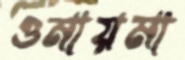
ওমায়মা